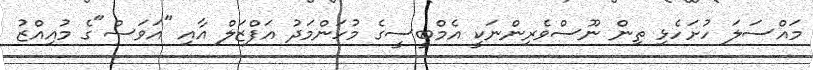
މައްސަލަ ހުށަހެޅި ތިން ނޫސްވެރިންނަކީ އެމްބީސީގެ މުހަންމަދު އަފްޒަލް އާއި "އަވަސް"ގެ މުއިއްޒު